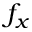
f _ { x }